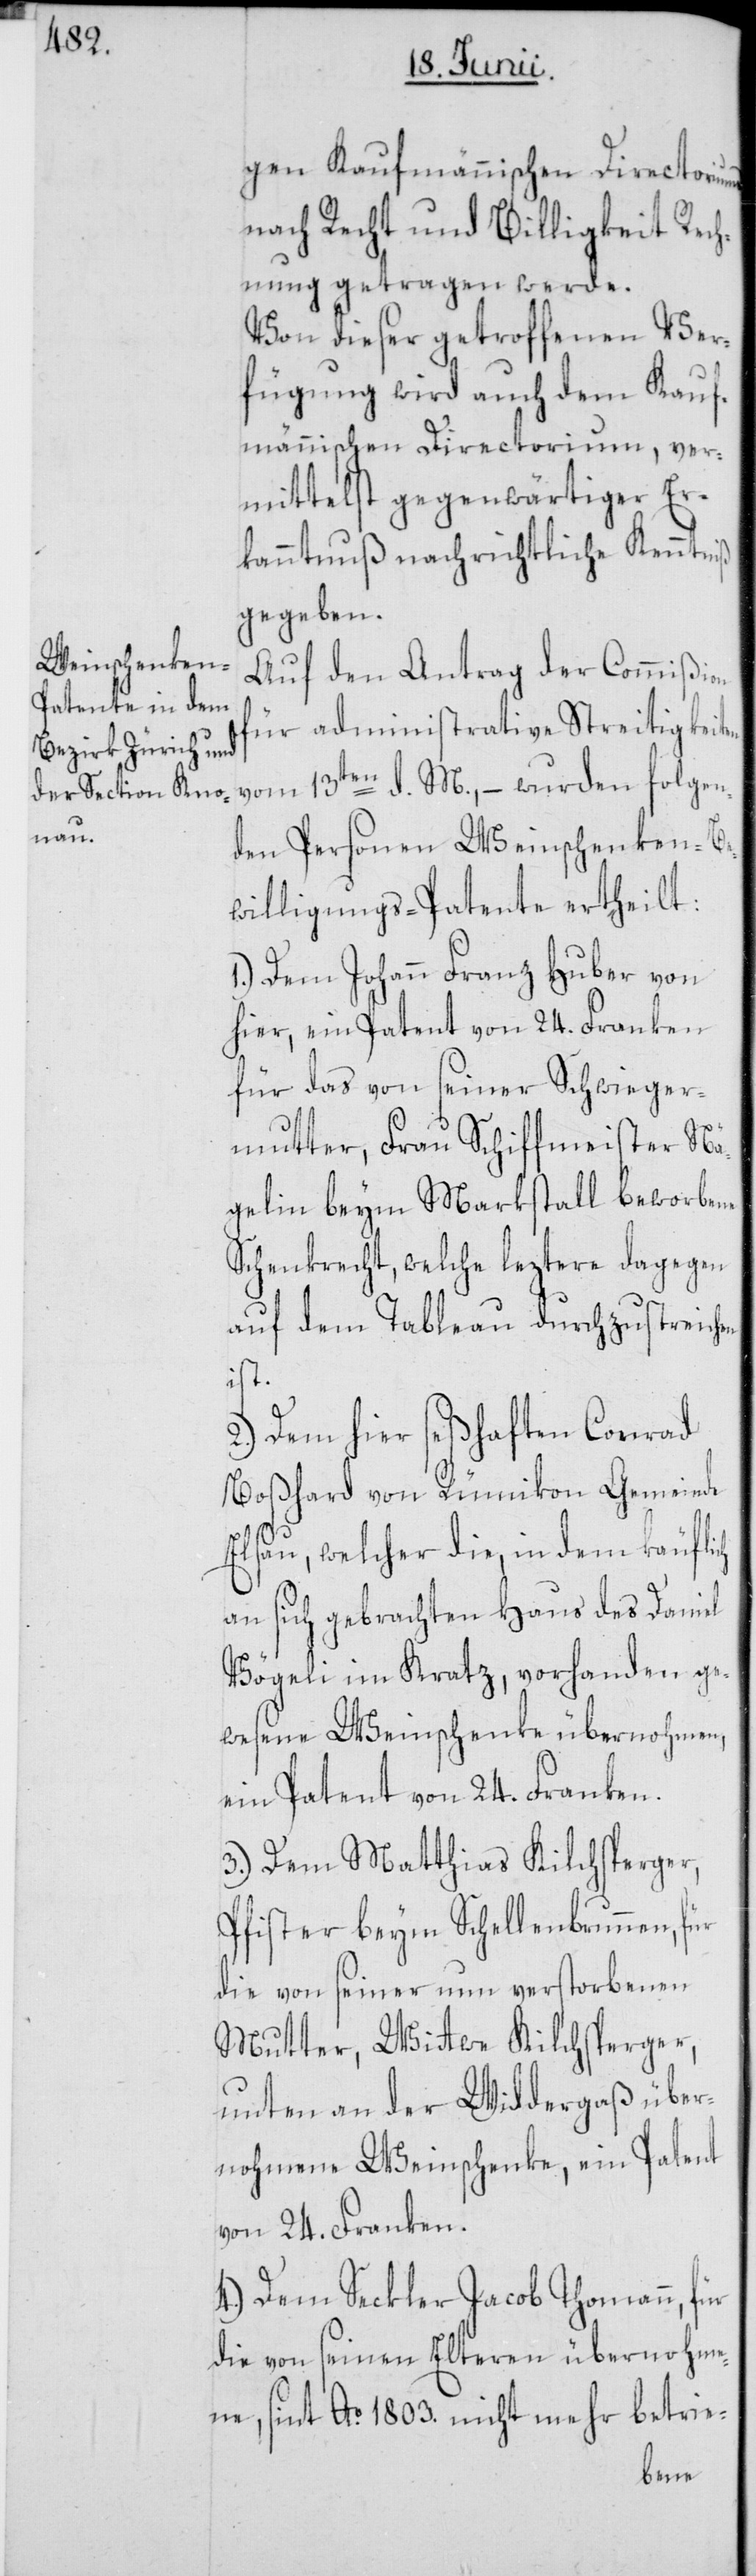
gen Kaufmännischen Directoriu¬
nach Recht und Billigkeit Rech¬
nung getragen werde.
Von dieser getroffenen Ver¬
fügung wird auch dem Kauf¬
männischen Directorium, ver¬
mittelst gegenwärtiger Er¬
kanntnuß nachrichtliche Kenntniß
gegeben.
Auf den Antrag der Commißion
für administrative Streitigkeiten
vom 13ten d. M., – wurden folgen¬
den Personen Weinschenken-Be¬
willigungs-Patente ertheilt:
1.) Dem Johann Franz Huber von
hier, ein Patent von 24. Franken
für das von seiner Schwieger¬
mutter, Frau Schiffmeister Nä¬
gelin beym Markstall beworbene
Schenkrecht, welche leztere dagegen
auf dem Tableau durchzustreichen
ist.
2.) Dem hier seßhaften Conrad
Boßhard von Rümikon Gemeinde
Elsau, welcher die, in dem käuflich
an sich gebrachten Haus des Daniel
Vögeli im Kratz, vorhanden ge¬
wesene Weinschenke übernohmen,
ein Patent von 24. Franken.
3.) Dem Matthias Kilchsperger,
Pfister beym Schellenbrunnen, für
die von seiner nun verstorbenen
Mutter, Wittwe Kilchsperger,
unten an der Widdergaß über¬
nohmene Weinschenke, ein Patent
von 24. Franken.
4.) Dem Seckler Jacob Thomann, für
die von seinen Elteren übernohme¬
ne, sint Ao. 1803. nicht mehr betrie-